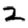
Digit: 2